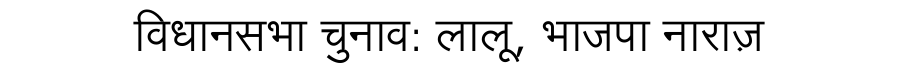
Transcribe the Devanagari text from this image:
विधानसभा चुनाव: लालू, भाजपा नाराज़